Civil Veterinary Department. United Provinces 1932-42 - 1932-1942
Year: 1932
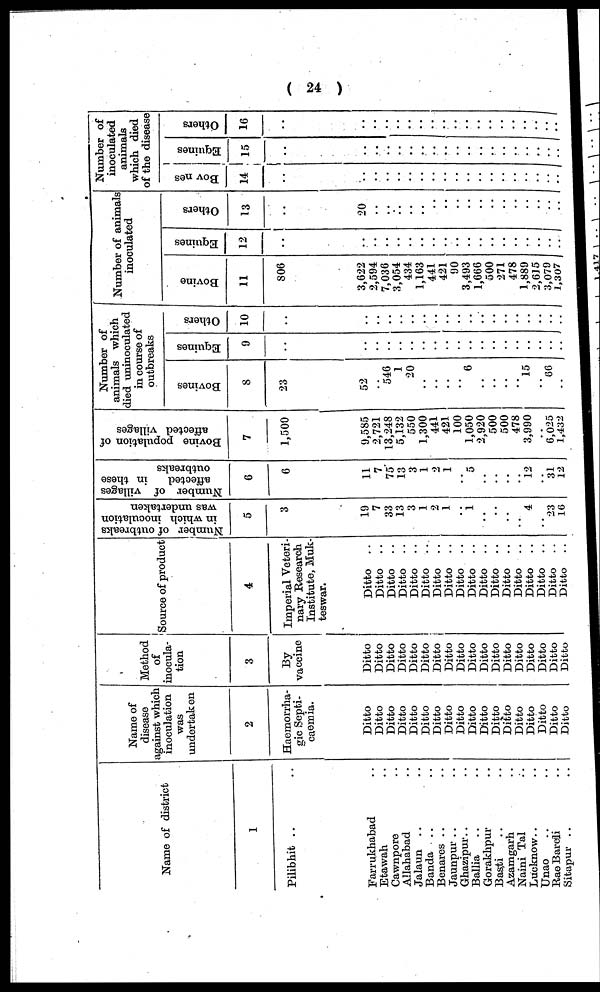
(24)
Name of district
1
Pilibhit .. ..
Farrukhabad ..
Etawah ..
Cawnpore ..
Allahabad
Jalaun .. ..
Banda .. ..
Benares .. ..
Jaunpur.. ..
Ghazipur.. ..
Ballia .. ..
Gorakhpur ..
Basti .. ..
Azamgarh ..
Naini Tal ..
Lucknow.. ..
Unao .. ..
Rao Bareli ..
Sitapur .. ..
Name of
disease
against which
inoculation
was
undertaken
2
Haemorrha-
gic Septi-
caemia.
Ditto
Ditto
Ditto
Ditto
Ditto
Ditto
Ditto
Ditto
Ditto
Ditto
Ditto
Ditto
Ditto
Ditto
Ditto
Ditto
Ditto
Ditto
Method
inocula-
tion
3
By
vaccine
Ditto
Ditto
Ditto
Ditto
Ditto
Ditto
Ditto
Ditto
Ditto
Ditto
Ditto
Ditto
Ditto
Ditto
Ditto
Ditto
Ditto
Ditto
Source of product
4
Imperial Veteri
nary Research
Institute, Muk-
teswar.
Ditto ..
Ditto ..
Ditto ..
Ditto ..
Ditto ..
Ditto ..
Ditto ..
Ditto ..
Ditto ..
Ditto ..
Ditto ..
Ditto ..
Ditto ..
Ditto ..
Ditto ..
Ditto ..
Ditto
..
Ditto ..
Number of outbreaks
in which inoculation
was undertaken
5
3
19
7
33
13
3
1
2
1
..
1
..
..
..
4
23
16
Number of villages
affected
in these
outbreaks
6
6
11
7
75
13
3
1
2
1
..
5
..
..
..
12
31
12
B ovine population of
affected villages
7
1,500
9,585
2,721
13,248
5,132
550
1,300
441
421
100
1,050
2,920
500
500
478
3,990
6,025
1,432
Number of
animals which
died uninoculated
in course of
outbreaks
Bovines
8
23
52
..
546
1
20
..
..
..
..
6
..
..
..
15
66
..
Equines
9
..
..
..
..
..
..
..
..
..
..
..
..
..
..
Others
10
..
..
..
..
..
..
..
..
..
..
..
..
..
..
Number of animals
inoculated
Bovine
11
806
3,622
2,594
7,036
3,054
434
1,163
441
421
90
3,493
1,666
500
271
478
1,889
2 6J5
3,079
1,307
Equines
12
..
..
..
..
..
..
..
..
..
..
..
..
..
..
Others
13
20
..
..
..
..
..
..
..
..
..
..
..
..
..
Number of
inoculated
animals
which died
of the disease
Bovines
14
..
..
..
..
..
..
..
..
..
..
..
..
..
..
Equines
15
..
..
..
..
..
..
..
..
..
..
..
..
..
Others
16
..
..
..
..
..
..
..
..
..
..
..
..
..